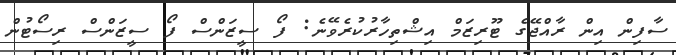
ސާފިން އިން ރާއްޖޭގެ ޓޫރިޒަމް އިޝްތިހާރުކުރެވޭނެ: ފޯ ސީޒަންސް ފޯ ސީޒަންސް ރިސޯޓުން